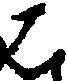
は